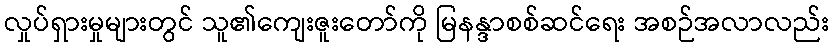
လှုပ်ရှားမှုများတွင် သူ၏ကျေးဇူးတော်ကို မြနန္ဒာစစ်ဆင်ရေး အစဉ်အလာလည်း